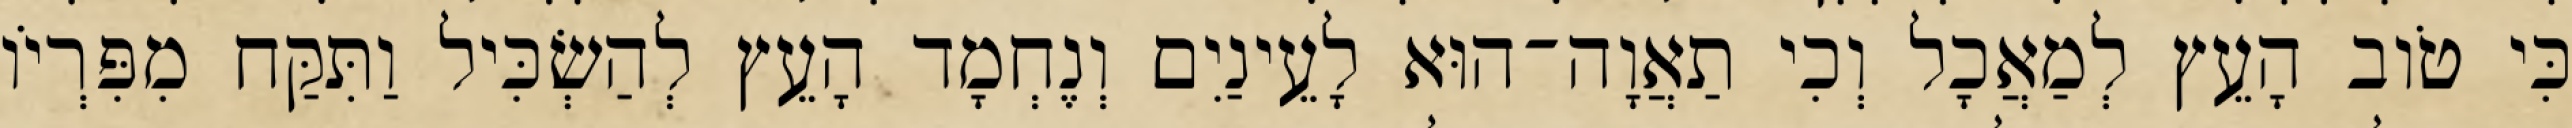
כִּי טֹוב הָעֵץ לְמַאֲכָל וְכִי תַאֲוָה־הוּא לָעֵינַיִם וְנֶחְמָד הָעֵץ לְהַשְׂכִּיל וַתִּקַּח מִפִּרְיֹו